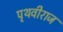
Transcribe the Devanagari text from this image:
पृथवीराज